Indian journal of veterinary science and animal husbandry - Volume 6,
Year: 1936
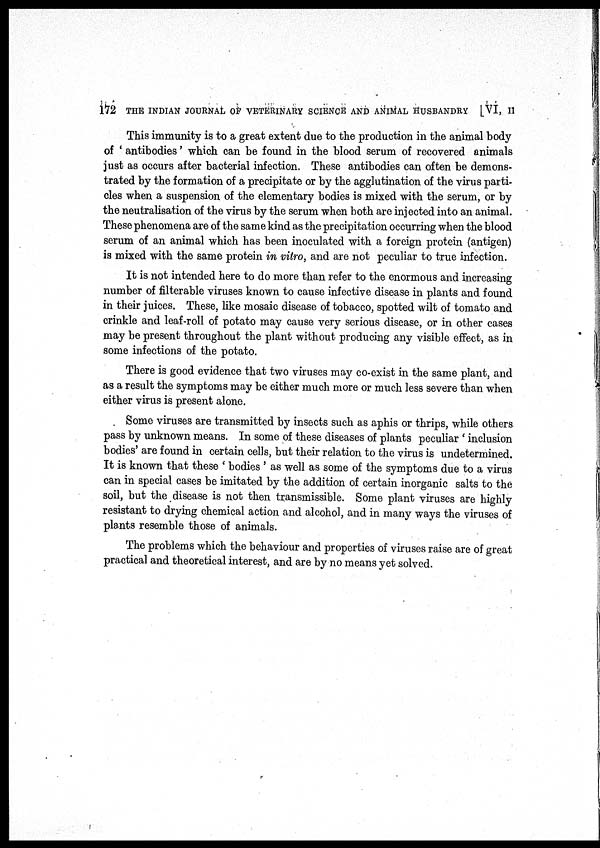
172 THE INDIAN JOURNAL OF VETERINARY SCIENCE AND ANIMAL HUSBANDRY [VI, II
This immunity is to a great extent due to the production in the animal body
of ' antibodies' which can be found in the blood serum of recovered animals
just as occurs after bacterial infection. These antibodies can often be demons-
trated by the formation of a precipitate or by the agglutination of the virus parti-
cles when a suspension of the elementary bodies is mixed with the serum, or by
the neutralisation of the virus by the serum when both are injected into an animal.
These phenomena are of the same kind as the precipitation occurring when the blood
serum of an animal which has been inoculated with a foreign protein (antigen)
is mixed with the same protein in vitro, and are not peculiar to true infection.
It is not intended here to do more than refer to the enormous and increasing
number of filterable viruses known to cause infective disease in plants and found
in their juices. These, like mosaic disease of tobacco, spotted wilt of tomato and
crinkle and leaf-roll of potato may cause very serious disease, or in other cases
may be present throughout the plant without producing any visible effect, as in
some infections of the potato.
There is good evidence that two viruses may co-exist in the same plant, and
as a result the symptoms may be either much more or much less severe than when
either virus is present alone.
Some viruses are transmitted by insects such as aphis or thrips, while others
pass by unknown means. In some of these diseases of plants peculiar ' inclusion
bodies' are found in certain cells, but their relation to the virus is undetermined.
It is known that these ' bodies ' as well as some of the symptoms due to a virus
can in special cases be imitated by the addition of certain inorganic salts to the
soil, but the disease is not then transmissible. Some plant viruses are highly
resistant to drying chemical action and alcohol, and in many ways the viruses of
plants resemble those of animals.
The problems which the behaviour and properties of viruses raise are of great
practical and theoretical interest, and are by no means yet solved.